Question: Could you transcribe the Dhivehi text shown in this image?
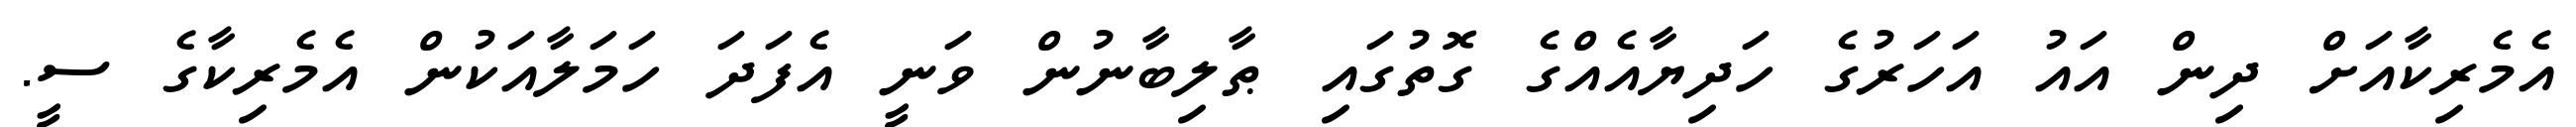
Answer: އެމެރިކާއަށް ދިން އައު އަހަރުގެ ހަދިޔާއެއްގެ ގޮތުގައި ޠާލިބާނުން ވަނީ އެފަދަ ހަމަލާއަކުން އެމެރިކާގެ ސީ.